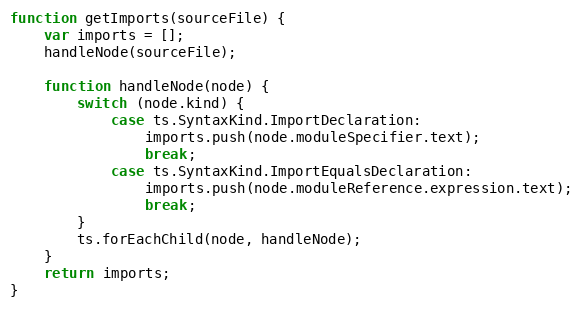
Language: JavaScript
function getImports(sourceFile) {
    var imports = [];
    handleNode(sourceFile);

    function handleNode(node) {
        switch (node.kind) {
            case ts.SyntaxKind.ImportDeclaration:
                imports.push(node.moduleSpecifier.text);
                break;
            case ts.SyntaxKind.ImportEqualsDeclaration:
                imports.push(node.moduleReference.expression.text);
                break;
        }
        ts.forEachChild(node, handleNode);
    }
    return imports;
}